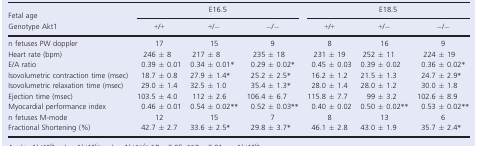
<table><thead><tr><td><b>Fetal age</b></td><td colspan="3"><b>E16.5</b></td><td colspan="3"><b>E18.5</b></td></tr><tr><td><b>Genotype Akt1</b></td><td><b>+/+</b></td><td><b>+/<i>−</i></b></td><td><b><i>−</i>/<i>−</i></b></td><td><b>+/+</b></td><td><b>+/<i>−</i></b></td><td><b><i>−</i>/<i>−</i></b></td></tr></thead><tbody><tr><td>n fetuses PW doppler</td><td>17</td><td>15</td><td>9</td><td>8</td><td>16</td><td>9</td></tr><tr><td>Heart rate (bpm)</td><td>246 ± 8</td><td>217 ± 8</td><td>235 ± 18</td><td>231 ± 19</td><td>252 ± 11</td><td>224 ± 19</td></tr><tr><td>E/A ratio</td><td>0.39 ± 0.01</td><td>0.34 ± 0.01*</td><td>0.29 ± 0.02*</td><td>0.45 ± 0.03</td><td>0.39 ± 0.02</td><td>0.36 ± 0.02*</td></tr><tr><td>Isovolumetric contraction time (msec)</td><td>18.7 ± 0.8</td><td>27.9 ± 1.4*</td><td>25.2 ± 2.5*</td><td>16.2 ± 1.2</td><td>21.5 ± 1.3</td><td>24.7 ± 2.9*</td></tr><tr><td>Isovolumetric relaxation time (msec)</td><td>29.0 ± 1.4</td><td>32.5 ± 1.0</td><td>35.4 ± 1.3*</td><td>28.0 ± 1.4</td><td>28.0 ± 1.2</td><td>30.0 ± 1.8</td></tr><tr><td>Ejection time (msec)</td><td>103.5 ± 4.0</td><td>112 ± 2.6</td><td>106.4 ± 6.7</td><td>115.8 ± 7.7</td><td>99 ± 3.2</td><td>102.6 ± 8.9</td></tr><tr><td>Myocardial performance index</td><td>0.46 ± 0.01</td><td>0.54 ± 0.02**</td><td>0.52 ± 0.03**</td><td>0.40 ± 0.02</td><td>0.50 ± 0.02**</td><td>0.53 ± 0.02**</td></tr><tr><td>n fetuses M-mode</td><td>12</td><td>15</td><td>7</td><td>8</td><td>13</td><td>6</td></tr><tr><td>Fractional Shortening (%)</td><td>42.7 ± 2.7</td><td>33.6 ± 2.5*</td><td>29.8 ± 3.7*</td><td>46.1 ± 2.8</td><td>43.0 ± 1.9</td><td>35.7 ± 2.4*</td></tr></tbody></table>